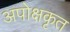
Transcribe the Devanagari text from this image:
अपोक्षकृत